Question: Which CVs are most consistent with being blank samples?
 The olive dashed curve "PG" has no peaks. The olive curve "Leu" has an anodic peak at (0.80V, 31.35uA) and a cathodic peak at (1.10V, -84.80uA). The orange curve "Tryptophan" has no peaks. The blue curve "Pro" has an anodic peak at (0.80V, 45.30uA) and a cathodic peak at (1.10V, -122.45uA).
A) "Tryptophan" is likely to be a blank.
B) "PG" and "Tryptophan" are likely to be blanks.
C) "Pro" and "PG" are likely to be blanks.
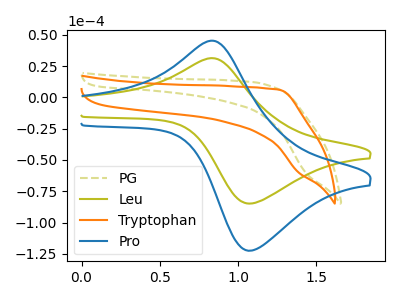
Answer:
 <answer>B) "PG" and "Tryptophan" are likely to be blanks.</answer>
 <eval>B</eval>